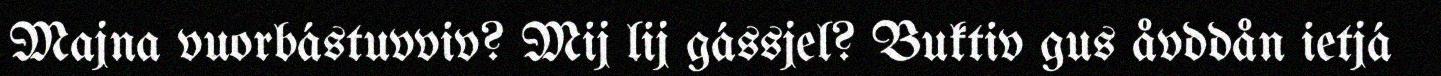
Majna vuorbástuvviv? Mij lij gássjel? Buktiv gus åvddån ietjá